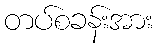
တပ်စခန်းအား